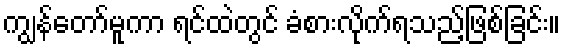
ကျွန်တော်မူကာ ရင်ထဲတွင် ခံစားလိုက်ရသည့်ဖြစ်ခြင်း။